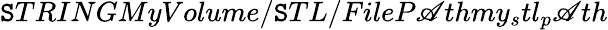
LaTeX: \mathtt{S}TRINGMyVolume/\mathtt{S}TL/FileP\mathscr{A}thmy_{s}tl_{p}\mathscr{A}th